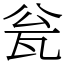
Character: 瓮